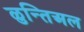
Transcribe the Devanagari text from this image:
ळुन्तिअल